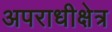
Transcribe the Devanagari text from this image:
अपराधीक्षेत्र